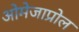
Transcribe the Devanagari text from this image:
ओमेजाप्रोल